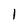
Character: l